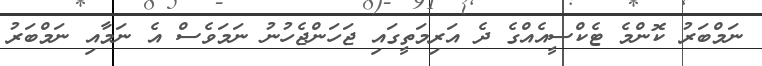
ނަމްބަރު ކޮންމެ ޓެކްސީއެއްގެ ދެ އަރިމަތީގައި ޖަހަންޖެހުނު ނަމަވެސް އެ ނަމާއި ނަމްބަރު